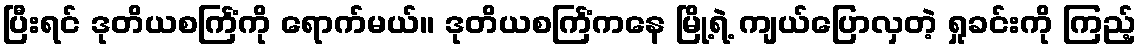
ပြီးရင် ဒုတိယစင်္ကြံကို ရောက်မယ်။ ဒုတိယစင်္ကြံကနေ မြို့ရဲ့ ကျယ်ပြောလှတဲ့ ရှုခင်းကို ကြည့်